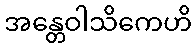
အန္တေဝါသိကေဟိ